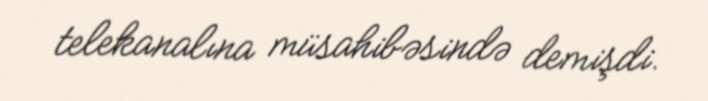
telekanalına müsahibəsində demişdi.